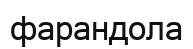
фарандола